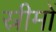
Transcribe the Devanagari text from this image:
स्रीमों